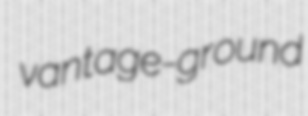
vantage-ground